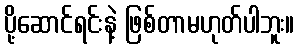
ပို့ဆောင်ရင်းနဲ့ ဖြစ်တာမဟုတ်ပါဘူး။